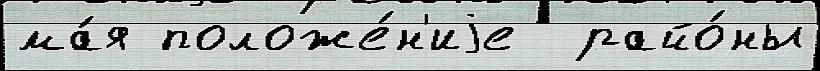
ма́я положе́н'иjе  райо́ны